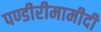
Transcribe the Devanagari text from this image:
पण्डीरीमामीदी